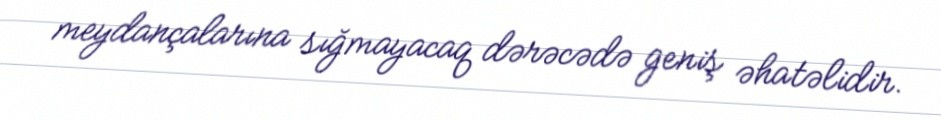
meydançalarına sığmayacaq dərəcədə geniş əhatəlidir.